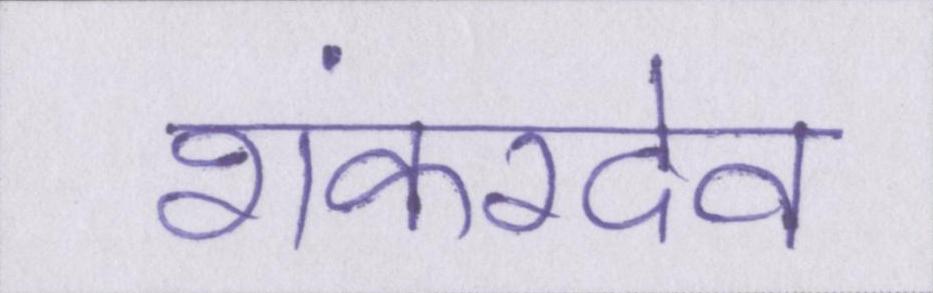
शंकरदेव